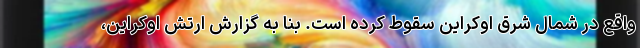
واقع در شمال شرق اوکراین سقوط کرده است. بنا به گزارش ارتش اوکراین،